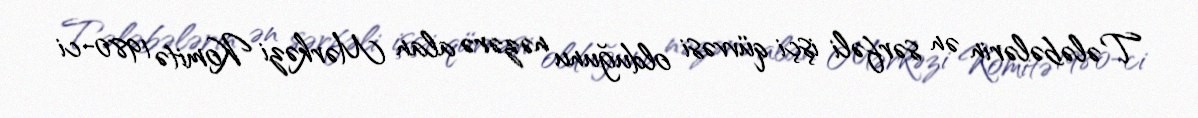
Tələbələrin ən sərfəli işçi qüvvəsi olduğunu nəzərə alan Mərkəzi Komitə 1980-ci